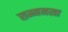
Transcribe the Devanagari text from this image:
सम्मनखा